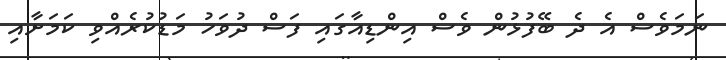
ނަމަވެސް އެ ދެ ބޭފުޅުން ވެސް އިންޑިއާގައި ފަސް ދުވަހު މަޑުކުރެއްވި ކަމަށާއި